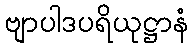
ဗျာပါဒပရိယုဋ္ဌာနံ